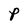
Character: P